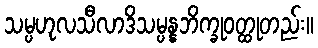
သမ္ပဟုလသီလာဒိသမ္ပန္နဘိက္ခုဝတ္ထုတည်း။